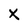
Character: X